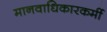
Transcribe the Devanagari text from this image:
मानवाधिकारकर्मी